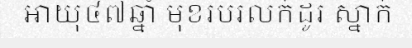
អាយុ៤៧ឆ្នាំ មុខរបរលក់ដូរ ស្នាក់